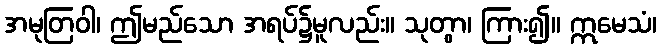
အမုတြဝါ၊ ဤမည်သော အရပ်၌မူလည်း။ သုတွာ၊ ကြား၍။ ဣမေသံ၊